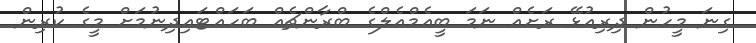
ގިނަ މީހުން ދިރިއުޅޭ ރަށެއް ނަމަ ބީއެމްއެލްގެ ބްރާންޗެއް ބަހައްޓައިދިނުމަށް މީގެ ކުރިން